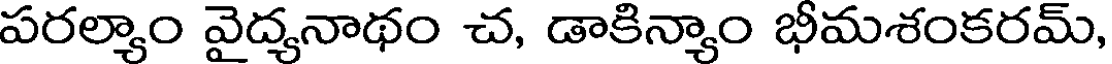
పరల్యాం వైద్యనాథం చ, డాకిన్యాం భీమశంకరమ్,